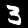
Digit: 3